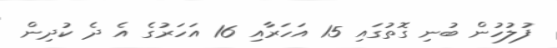
ފުލުހުން ބުނި ގޮތުގައި 15 އަހަރާއި 16 އަހަރުގެ އެ ދެ ކުދިން